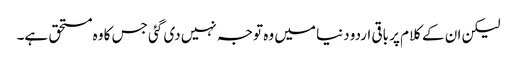
لیکن ان کے کلام پر باقی اردو دنیا میں وہ توجہ نہیں دی گئی جس کا وہ مستحق ہے۔